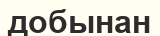
добынан